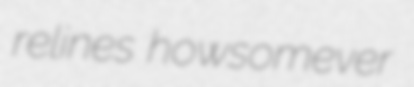
relines howsomever